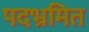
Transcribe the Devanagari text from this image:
पदभ्रमित